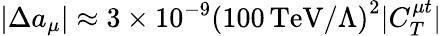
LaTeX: |\Delta a_{\mu}|\approx 3\times 10^{-9}\left(100\, \mathrm{TeV}/\Lambda\right)^{2}|C_{T}^{\mu t}|